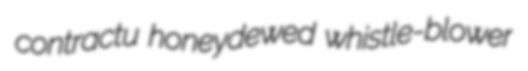
contractu honeydewed whistle-blower